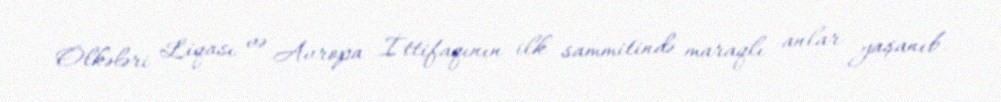
Ölkələri Liqası və Avropa İttifaqının ilk sammitində maraqlı anlar yaşanıb.